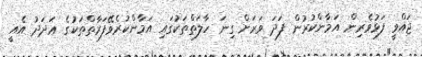
ޖައްވީ ފަޅުވެރިން އަމާންކުރުން ފަދަ ވަރަށް ގިނަ ހާލަތްތަކުގައި އަމާންކުރެވޭފަރާތްތަކުގެ ޢަދަދު އެއީ